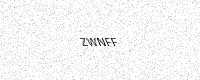
Text: ZWNFF